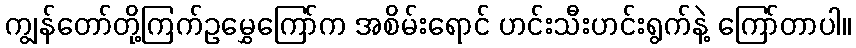
ကျွန်တော်တို့ကြက်ဥမွှေကြော်က အစိမ်းရောင် ဟင်းသီးဟင်းရွက်နဲ့ ကြော်တာပါ။